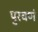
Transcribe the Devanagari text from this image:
पुरवणं